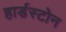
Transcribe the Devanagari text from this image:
हार्डस्टोन